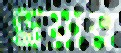
ড্রয়ার